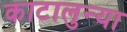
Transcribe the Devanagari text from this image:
काटालुन्या